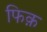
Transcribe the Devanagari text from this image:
फिक़